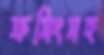
ক্রসিংসহ